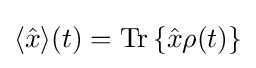
\langle {\hat {x}}\rangle (t)=\mathrm {Tr} \left\{{\hat {x}}\rho (t)\right\}